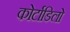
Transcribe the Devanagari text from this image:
कोर्टाडिलो